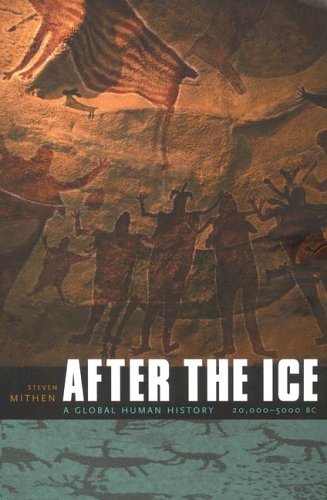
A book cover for After the Ice: A Global Human History 20,000-5000 BC; Steven Mithen; Science & Math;